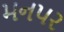
મનપર